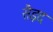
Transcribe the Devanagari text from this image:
सैइद